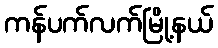
ကန်ပက်လက်မြို့နယ်